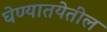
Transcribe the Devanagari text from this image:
घेण्यातयेतील